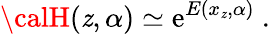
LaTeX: {\calH}(\mathit{z},\alpha)\simeq\mathrm{{e}}^{E(x_{\mathit{z}},\alpha)}\ .